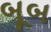
બૂબ